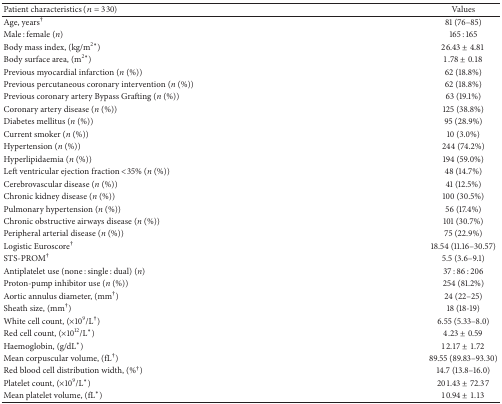
<table><thead><tr><td><b>Patient characteristics (<i>n</i> = 330)</b></td><td><b>Values</b></td></tr></thead><tbody><tr><td>Age, years<sup>†</sup></td><td>81 (76–85)</td></tr><tr><td>Male : female (<i>n</i>)</td><td>165 : 165</td></tr><tr><td>Body mass index, (kg/m<sup>2∗</sup>)</td><td>26.43 ± 4.81</td></tr><tr><td>Body surface area, (m<sup>2∗</sup>)</td><td>1.78 ± 0.18</td></tr><tr><td>Previous myocardial infarction (<i>n</i> (%))</td><td>62 (18.8%)</td></tr><tr><td>Previous percutaneous coronary intervention (<i>n</i> (%))</td><td>62 (18.8%)</td></tr><tr><td>Previous coronary artery Bypass Grafting (<i>n</i> (%))</td><td>63 (19.1%)</td></tr><tr><td>Coronary artery disease (<i>n</i> (%))</td><td>125 (38.8%)</td></tr><tr><td>Diabetes mellitus (<i>n</i> (%))</td><td>95 (28.9%)</td></tr><tr><td>Current smoker (<i>n</i> (%))</td><td>10 (3.0%)</td></tr><tr><td>Hypertension (<i>n</i> (%))</td><td>244 (74.2%)</td></tr><tr><td>Hyperlipidaemia (<i>n</i> (%))</td><td>194 (59.0%)</td></tr><tr><td>Left ventricular ejection fraction &lt;35% (<i>n</i> (%))</td><td>48 (14.7%)</td></tr><tr><td>Cerebrovascular disease (<i>n</i> (%))</td><td>41 (12.5%)</td></tr><tr><td>Chronic kidney disease (<i>n</i> (%))</td><td>100 (30.5%)</td></tr><tr><td>Pulmonary hypertension (<i>n</i> (%))</td><td>56 (17.4%)</td></tr><tr><td>Chronic obstructive airways disease (<i>n</i> (%))</td><td>101 (30.7%)</td></tr><tr><td>Peripheral arterial disease (<i>n</i> (%))</td><td>75 (22.9%)</td></tr><tr><td>Logistic Euroscore<sup>†</sup></td><td>18.54 (11.16–30.57)</td></tr><tr><td>STS-PROM<sup>†</sup></td><td>5.5 (3.6–9.1)</td></tr><tr><td>Antiplatelet use (none : single : dual) (<i>n</i>)</td><td>37 : 86 : 206</td></tr><tr><td>Proton-pump inhibitor use (<i>n</i> (%))</td><td>254 (81.2%)</td></tr><tr><td>Aortic annulus diameter, (mm<sup>†</sup>)</td><td>24 (22–25)</td></tr><tr><td>Sheath size, (mm<sup>†</sup>)</td><td>18 (18-19)</td></tr><tr><td>White cell count, (×10<sup>9</sup>/L<sup>†</sup>)</td><td>6.55 (5.33–8.0)</td></tr><tr><td>Red cell count, (×10<sup>12</sup>/L*)</td><td>4.23 ± 0.59</td></tr><tr><td>Haemoglobin, (g/dL*)</td><td>12.17 ± 1.72</td></tr><tr><td>Mean corpuscular volume, (fL<sup>†</sup>)</td><td>89.55 (89.83–93.30)</td></tr><tr><td>Red blood cell distribution width, (%<sup>†</sup>)</td><td>14.7 (13.8–16.0)</td></tr><tr><td>Platelet count, (×10<sup>9</sup>/L*)</td><td>201.43 ± 72.37</td></tr><tr><td>Mean platelet volume, (fL*)</td><td>10.94 ± 1.13</td></tr></tbody></table>